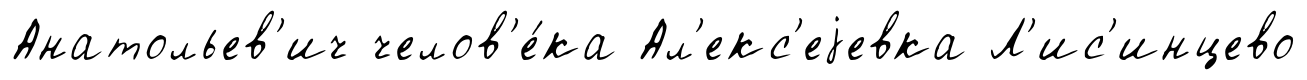
Анатольев'ич челов'е́ка Ал'екс'еjевка Л'ис'инцево